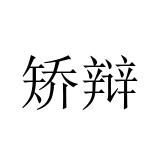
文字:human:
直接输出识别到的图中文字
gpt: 矫辩